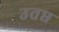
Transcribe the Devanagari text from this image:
उतप्त